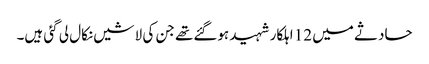
حادثے میں 12 اہلکار شہید ہوگئےتھے جن کی لاشیں نکال لی گئی ہیں۔